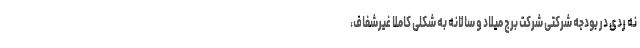
نه ردی در بودجه شرکتی شرکت برج میلاد و سالانه به شکلی کاملا غیرشفاف،